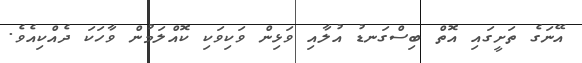
އޭނަގެ ތަށީގައި އޮތް ބިސްގަނޑު އުލާއި ވަޅިން ވަކިވަކި ކޮއްލަމުން ވާހަކަ ދެއްކިއެވެ.